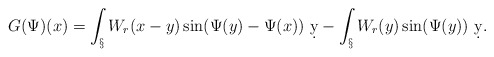
\begin{align*}G(\Psi)(x) = \int_\S W_r(x-y) \sin(\Psi(y)-\Psi(x))\ \d y - \int_\S W_r(y) \sin(\Psi(y))\ \d y.\end{align*}